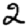
Digit: 2